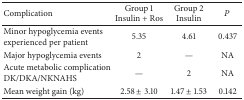
<table><thead><tr><td><b>Complication </b></td><td><b>Group 1 Insulin + Ros</b></td><td><b>Group 2 Insulin </b></td><td><b><i>P</i></b></td></tr></thead><tbody><tr><td>Minor hypoglycemia events experienced per patient </td><td>5.35</td><td>4.61</td><td>0.437</td></tr><tr><td>Major hypoglycemia events</td><td>2</td><td>—</td><td>NA</td></tr><tr><td>Acute metabolic complication DK/DKA/NKNAHS</td><td>—</td><td>2</td><td>NA</td></tr><tr><td>Mean weight gain (kg)</td><td>2.58 ± 3.10</td><td>1.47 ± 1.53</td><td>0.142</td></tr></tbody></table>